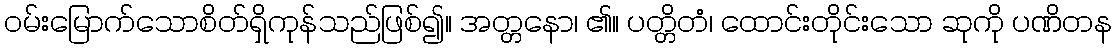
ဝမ်းမြောက်သောစိတ်ရှိကုန်သည်ဖြစ်၍။ အတ္တနော၊ ၏။ ပတ္တိတံ၊ ထောင်းတိုင်းသော ဆုကို ပဏိတန